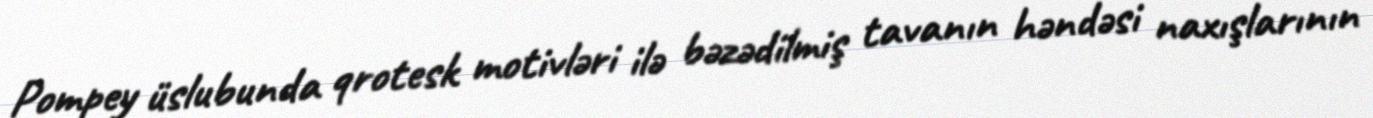
Pompey üslubunda qrotesk motivləri ilə bəzədilmiş tavanın həndəsi naxışlarının